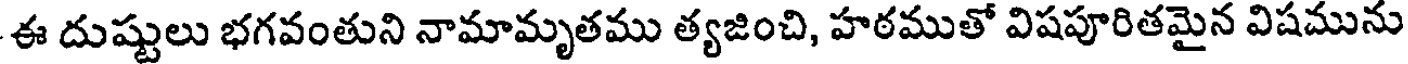
ఈ దుష్టులు భగవంతుని నామామృతము త్యజించి, హఠముతో విషపూరితమైన విషమును